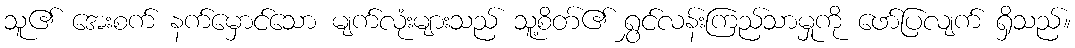
သူ၏ အေးစက် နက်မှောင်သော မျက်လုံးများသည် သူ့စိတ်၏ ရွှင်လန်းကြည်သာမှုကို ဖော်ပြလျက် ရှိသည်။